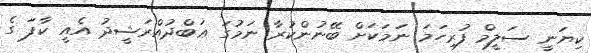
ކިޔަނީ ސަލީމް ފުރިހަމަ ނަމަކަށް ބޭނުންކުރާ ނަމުގަ ޢަބްދުއްރަޝީދު އެއީ ކާފަ ގެ